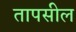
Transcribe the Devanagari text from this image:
तापसील